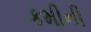
કમીની